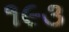
૧૯૩